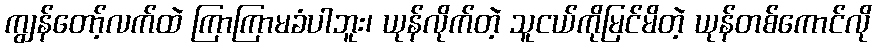
ကျွန်တော့်လက်ထဲ ကြာကြာမခံပါဘူး၊ ယုန်လိုက်တဲ့ သူငယ်ကိုမြင်မိတဲ့ ယုန်တစ်ကောင်လို